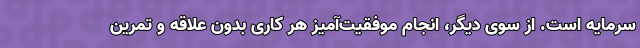
سرمایه است. از سوی دیگر، انجام موفقیت‌آمیز هر کاری بدون علاقه و تمرین